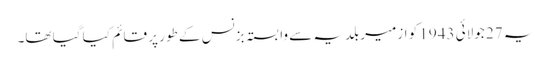
یہ 27 جولائی 1943 کو ازمیر بلدیہ سے وابستہ بزنس کے طور پر قائم کیا گیا تھا۔